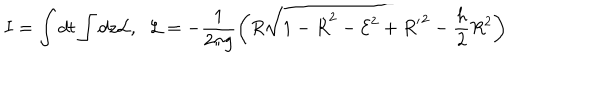
I = \int d t \int d z { \cal L } , \; \; { \cal L } = - \frac { 1 } { 2 \pi g } \bigg ( R \sqrt { 1 - { \dot { R } } ^ { 2 } - { \cal E } ^ { 2 } + { R ^ { \prime } } ^ { 2 } } - \frac { h } { 2 } R ^ { 2 } \bigg )